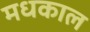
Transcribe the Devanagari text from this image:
मधकाल